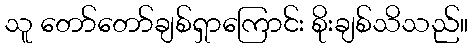
သူ တော်တော်ချစ်ရှာကြောင်း စိုးချစ်သိသည်။